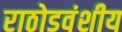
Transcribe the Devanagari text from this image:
राठोडवंशीय